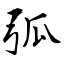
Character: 弧